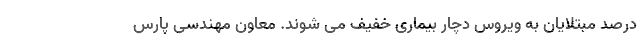
درصد مبتلایان به ویروس دچار بیماری خفیف می شوند. معاون مهندسی پارس